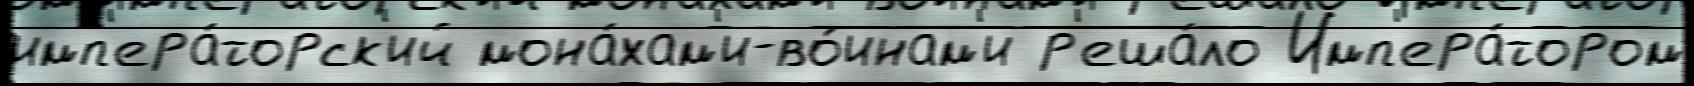
имп'ера́торск'ий мона́хам'и-во́инам'и р'еша́ло Имп'ера́тором